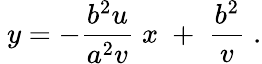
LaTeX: \ y=-{\frac{b^{2}u}{a^{2}v}}\; x\; +\; {\frac{b^{2}}{v}}\; .